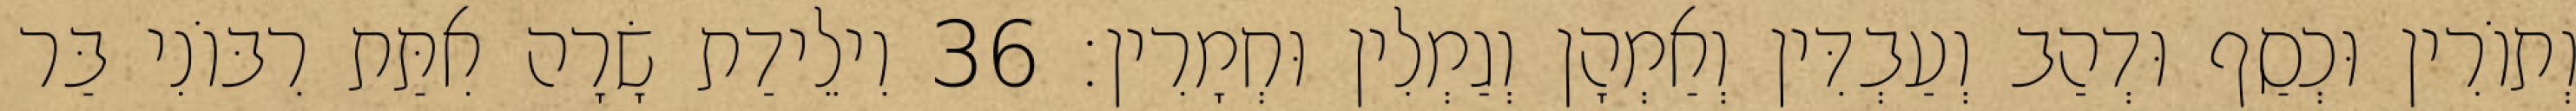
וְתוֹרִין וּכְסַף וּדְהַב וְעַבְדִּין וְאַמְהָן וְגַמְלִין וּחְמָרִין׃ 36 וִילֵידַת שָׂרָה אִתַּת רִבּוֹנִי בַּר